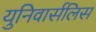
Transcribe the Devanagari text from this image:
युनिवार्सलिस